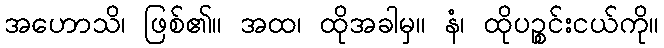
အဟောသိ၊ ဖြစ်၏။ အထ၊ ထိုအခါမှ။ နံ၊ ထိုပဉ္စင်းငယ်ကို။